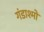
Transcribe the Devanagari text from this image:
गंडाश्मों